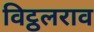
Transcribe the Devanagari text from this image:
विट्ठलराव